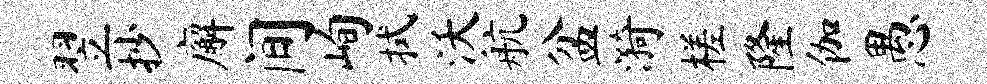
翌抄廨间峋拭沃航盆漪槎隆伽愚